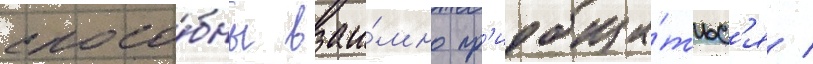
спосо́бны взаи́мно пр'иобща́тьс'я /